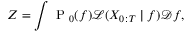
Z = \int \mathrm { ~ P ~ } _ { 0 } ( f ) \mathcal { L } ( X _ { 0 : T } \mid f ) \mathcal { D } f ,